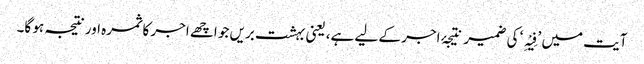
آیت میں ’فِیْہِ‘ کی ضمیر نتیجۂ اجر کے لیے ہے، یعنی بہشت بریں جو اچھے اجر کا ثمرہ اور نتیجہ ہو گا۔